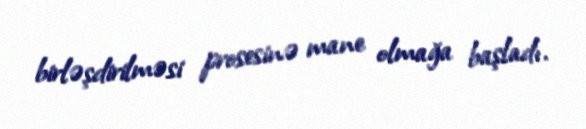
birləşdirilməsi prosesinə mane olmağa başladı.